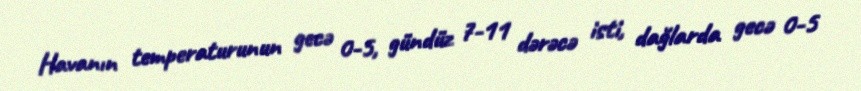
Havanın temperaturunun gecə 0-5, gündüz 7-11 dərəcə isti, dağlarda gecə 0-5